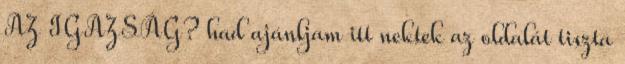
AZ IGAZSÁG? had ajánljam itt nektek az oldalát tiszta